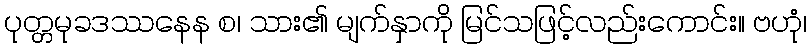
ပုတ္တမုခဒဿနေန စ၊ သား၏ မျက်နှာကို မြင်သဖြင့်လည်းကောင်း။ ဗဟုံ၊